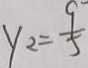
y _ { 2 } = \frac { 9 } { 5 }